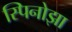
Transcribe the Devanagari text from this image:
स्पिनोझा